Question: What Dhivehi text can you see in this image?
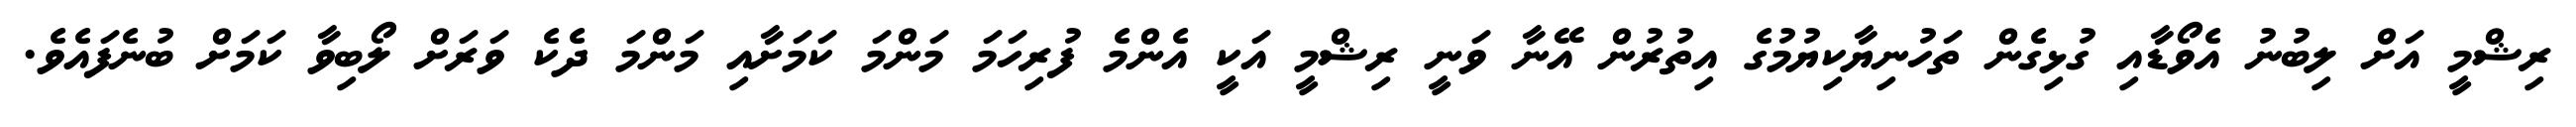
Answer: ރިޝްމީ އަށް ލިބުނު އެވޯޑާއި ގުޅިގެން ތަހުނިޔާކިޔުމުގެ އިތުރުން އޭނާ ވަނީ ރިޝްމީ އަކީ އެންމެ ފުރިހަމަ މަންމަ ކަމަށާއި މަންމަ ދެކެ ވަރަށް ލޯބިވާ ކަމަށް ބުނެފައެވެ.